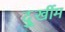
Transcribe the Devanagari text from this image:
दुूर्खीम